Annual administration report of the Civil Veterinary Department, Ajmere-Merwara, British Rajputana - 1914-1940
Year: 1914
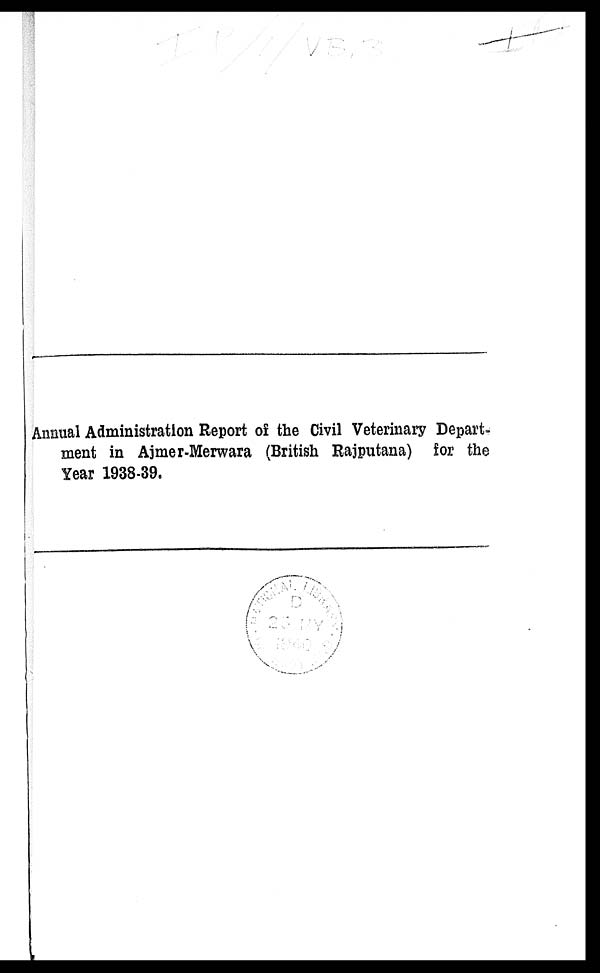
Annual Administration Report of the Civil Veterinary Depart-
ment in Ajmer-Merwara (British Rajputana) for the
Year 1938-39.